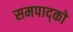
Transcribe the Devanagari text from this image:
समपाद्को